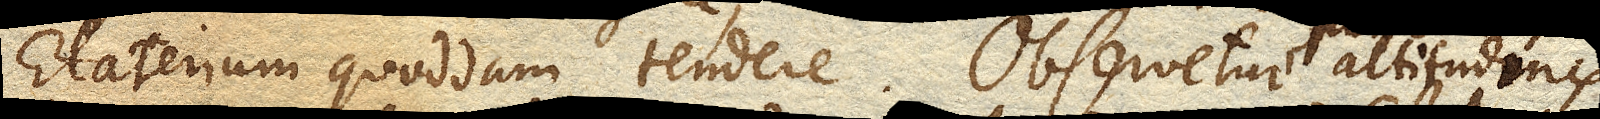
Elaterium quoddam tendere. Observetur altitudinis